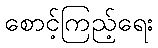
စောင့်ကြည့်ရေး